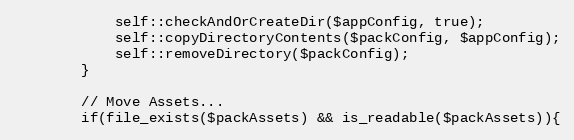
Language: PHP
            self::checkAndOrCreateDir($appConfig, true);
            self::copyDirectoryContents($packConfig, $appConfig);
            self::removeDirectory($packConfig);
        }

        // Move Assets...
        if(file_exists($packAssets) && is_readable($packAssets)){